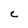
Character: C